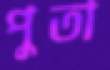
পুতা